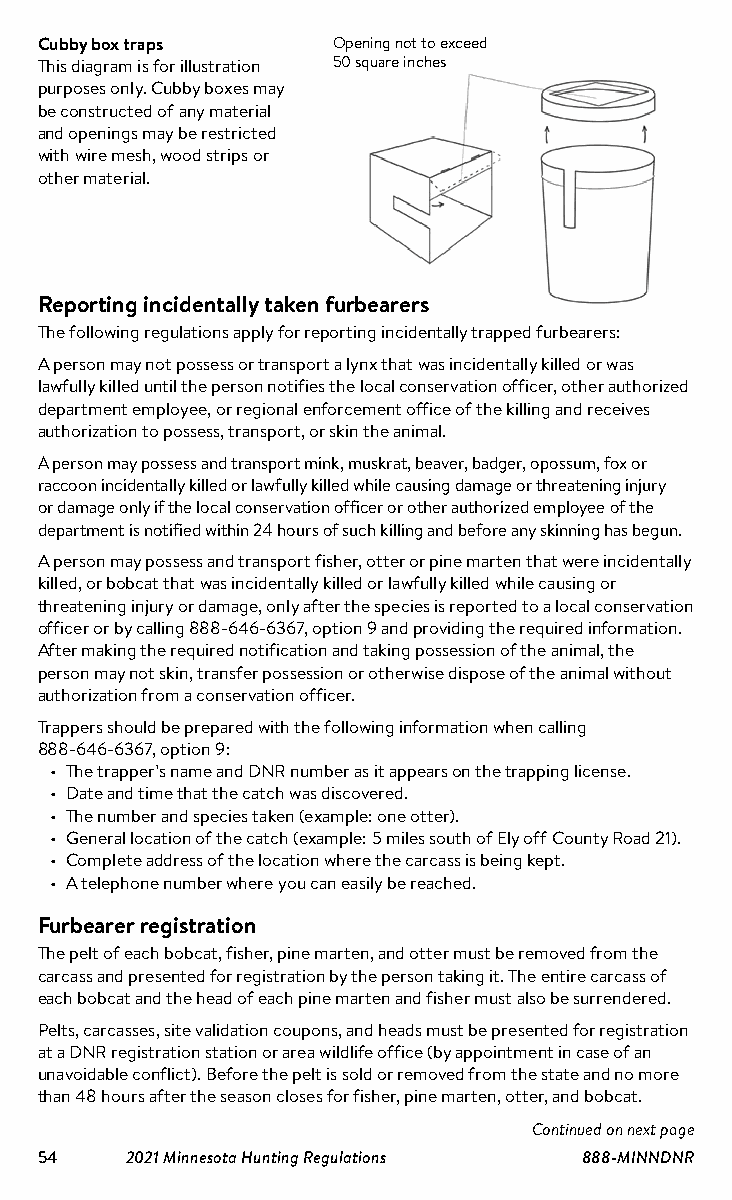
Cubby box traps     Opening not to exceed
 This diagram is for illustration 50 square inches
 purposes only. Cubby boxes may
 be constructed of any material
 and openings may be restricted
 with wire mesh, wood strips or
 other material.
 Reporting incidentally taken furbearers
 The following regulations apply for reporting incidentally trapped furbearers:
 A person may not possess or transport a lynx that was incidentally killed or was
 lawfully killed until the person notifies the local conservation officer, other authorized
 department employee, or regional enforcement office of the killing and receives
 authorization to possess, transport, or skin the animal.
 A person may possess and transport mink, muskrat, beaver, badger, opossum, fox or
 raccoon incidentally killed or lawfully killed while causing damage or threatening injury
 or damage only if the local conservation officer or other authorized employee of the
 department is notified within 24 hours of such killing and before any skinning has begun.
 A person may possess and transport fisher, otter or pine marten that were incidentally
 killed, or bobcat that was incidentally killed or lawfully killed while causing or
 threatening injury or damage, only after the species is reported to a local conservation
 officer or by calling 888-646-6367, option 9 and providing the required information.
 After making the required notification and taking possession of the animal, the
 person may not skin, transfer possession or otherwise dispose of the animal without
 authorization from a conservation officer.
 Trappers should be prepared with the following information when calling
 888-646-6367, option 9:
 • The trapper’s name and DNR number as it appears on the trapping license.
 • Date and time that the catch was discovered.
 • The number and species taken (example: one otter).
 • General location of the catch (example: 5 miles south of Ely off County Road 21).
 • Complete address of the location where the carcass is being kept.
 • A telephone number where you can easily be reached.
 Furbearer registration
 The pelt of each bobcat, fisher, pine marten, and otter must be removed from the
 carcass and presented for registration by the person taking it. The entire carcass of
 each bobcat and the head of each pine marten and fisher must also be surrendered.
 Pelts, carcasses, site validation coupons, and heads must be presented for registration
 at a DNR registration station or area wildlife office (by appointment in case of an
 unavoidable conflict). Before the pelt is sold or removed from the state and no more
 than 48 hours after the season closes for fisher, pine marten, otter, and bobcat.
 Continued on next page
 54    2021 Minnesota Hunting Regulations 888-MINNDNR